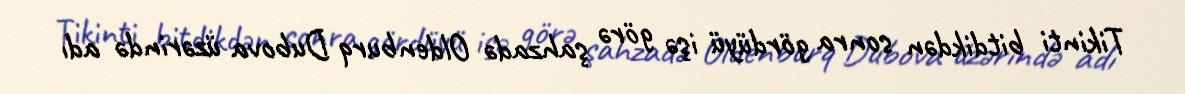
Tikinti bitdikdən sonra gördüyü işə görə şahzadə Oldenburq Dubova üzərində adı